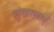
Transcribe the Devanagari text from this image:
शृंखालाएँ